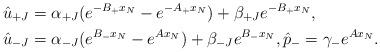
LaTeX: \begin{align*}\hat u_{+J} & = \alpha_{+J}(e^{-B_+x_N} - e^{-A_+x_N}) + \beta_{+J}e^{-B_+x_N}, \\\hat u_{-J} & = \alpha_{-J}(e^{B_-x_N} - e^{Ax_N}) + \beta_{-J}e^{B_-x_N},\hat p_- = \gamma_-e^{Ax_N}.\end{align*}